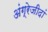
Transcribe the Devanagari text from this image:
अंग्रेजीदां